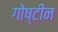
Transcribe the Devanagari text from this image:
गोष्टीन